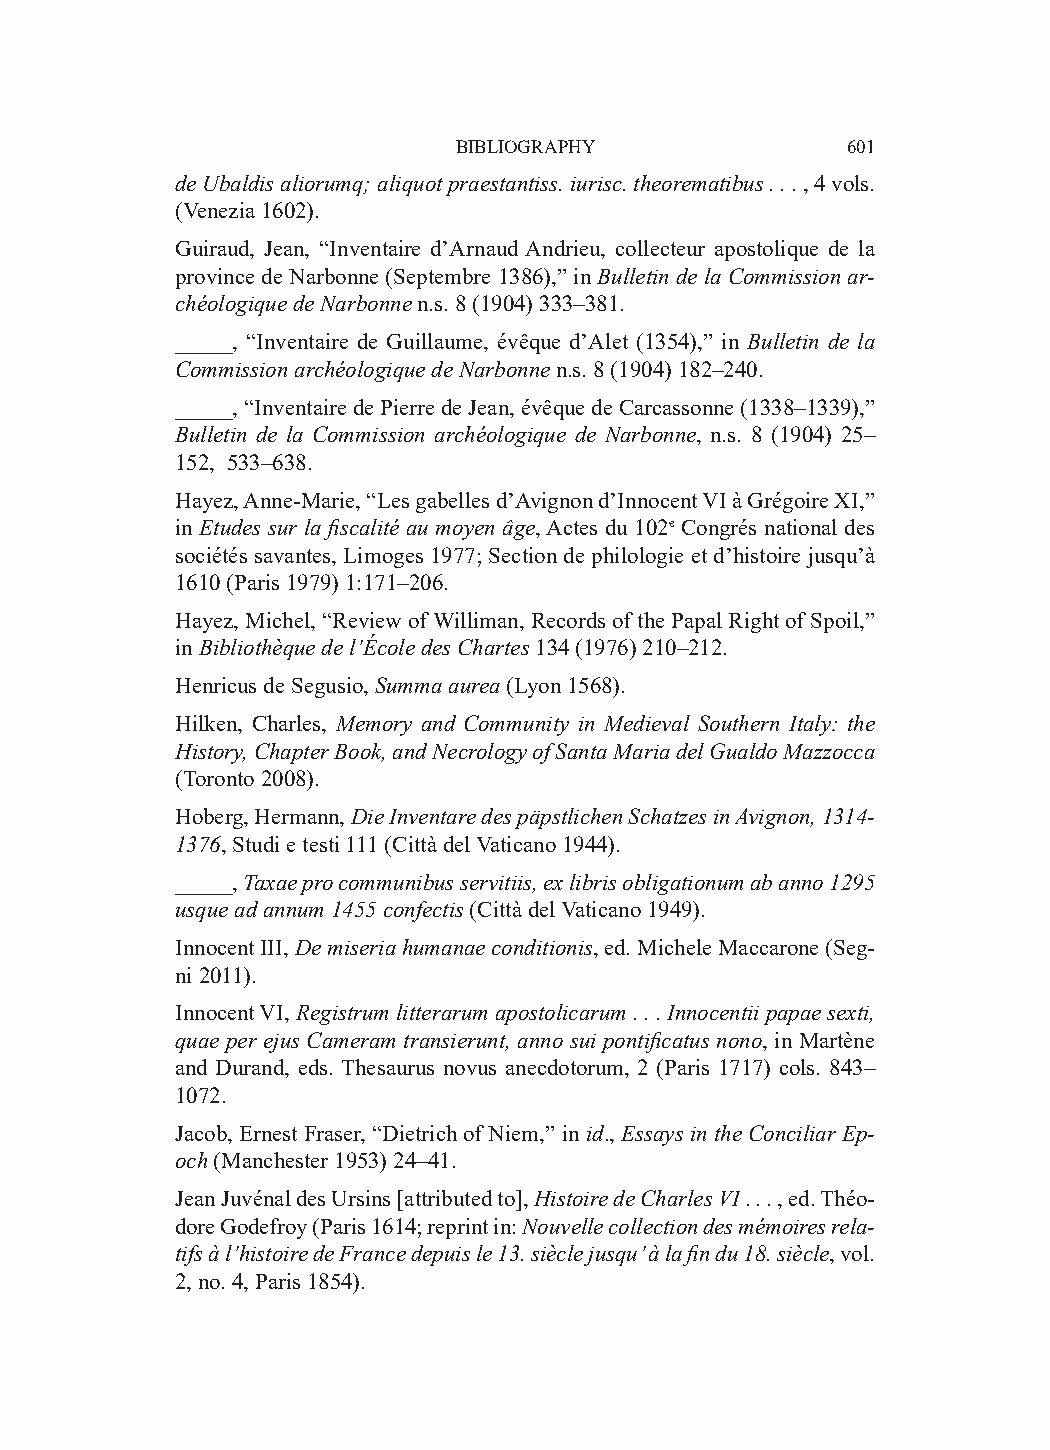
BIBLIOGRAPHY              601
 de Ubaldis aliorumq; aliquot praestantiss. iurisc. theorematibus . . . , 4 vols.
 (Venezia 1602).
 Guiraud, Jean, “Inventaire d’Arnaud Andrieu, collecteur apostolique de la
 province de Narbonne (Septembre 1386),” in Bulletin de la Commission ar-
 chéologique de Narbonne n.s. 8 (1904) 333–381.
 _____, “Inventaire de Guillaume, évêque d’Alet (1354),” in Bulletin de la
 Commission archéologique de Narbonne n.s. 8 (1904) 182–240.
 _____, “Inventaire de Pierre de Jean, évêque de Carcassonne (1338–1339),”
 Bulletin de la Commission archéologique de Narbonne, n.s. 8 (1904) 25–
 152, 533–638.
 Hayez, Anne-Marie, “Les gabelles d’Avignon d’Innocent VI à Grégoire XI,”
 in Etudes sur la fiscalité au moyen âge, Actes du 102e Congrés national des
 sociétés savantes, Limoges 1977; Section de philologie et d’histoire jusqu’à
 1610 (Paris 1979) 1:171–206.
 Hayez, Michel, “Review of Williman, Records of the Papal Right of Spoil,”
 in Bibliothèque de l’École des Chartes 134 (1976) 210–212.
 Henricus de Segusio, Summa aurea (Lyon 1568).
 Hilken, Charles, Memory and Community in Medieval Southern Italy: the
 History, Chapter Book, and Necrology of Santa Maria del Gualdo Mazzocca
 (Toronto 2008).
 Hoberg, Hermann, Die Inventare des päpstlichen Schatzes in Avignon, 1314-
 1376, Studi e testi 111 (Città del Vaticano 1944).
 _____, Taxae pro communibus servitiis, ex libris obligationum ab anno 1295
 usque ad annum 1455 confectis (Città del Vaticano 1949).
 Innocent III, De miseria humanae conditionis, ed. Michele Maccarone (Seg-
 ni 2011).
 Innocent VI, Registrum litterarum apostolicarum . . . Innocentii papae sexti,
 quae per ejus Cameram transierunt, anno sui pontificatus nono, in Martène
 and Durand, eds. Thesaurus novus anecdotorum, 2 (Paris 1717) cols. 843–
 1072.
 Jacob, Ernest Fraser, “Dietrich of Niem,” in id., Essays in the Conciliar Ep-
 och (Manchester 1953) 24–41.
 Jean Juvénal des Ursins [attributed to], Histoire de Charles VI . . . , ed. Théo-
 dore Godefroy (Paris 1614; reprint in: Nouvelle collection des mémoires rela-
 tifs à l’histoire de France depuis le 13. siècle jusqu’ à la fin du 18. siècle, vol.
 2, no. 4, Paris 1854).